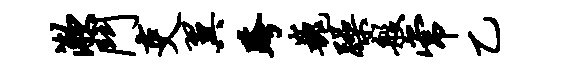
漱斗吏翼跨巍躁般常乙